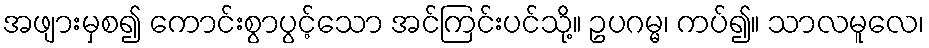
အဖျားမှစ၍ ကောင်းစွာပွင့်သော အင်ကြင်းပင်သို့။ ဥပဂမ္မ၊ ကပ်၍။ သာလမူလေ၊